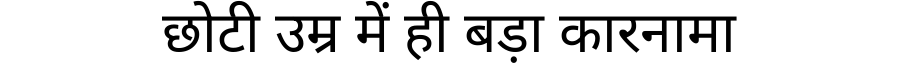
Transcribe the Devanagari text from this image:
छोटी उम्र में ही बड़ा कारनामा